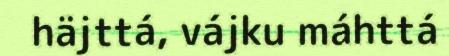
häjttá, vájku máhttá